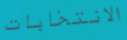
الانتخابات